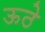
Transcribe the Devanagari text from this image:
ऊठे